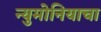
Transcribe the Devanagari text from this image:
न्युमोनियाचा